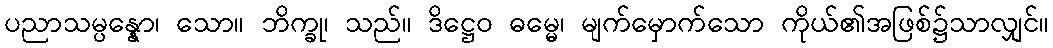
ပညာသမ္ပန္နော၊ သော။ ဘိက္ခု၊ သည်။ ဒိဋ္ဌေဝ ဓမ္မေ၊ မျက်မှောက်သော ကိုယ်၏အဖြစ်၌သာလျှင်။